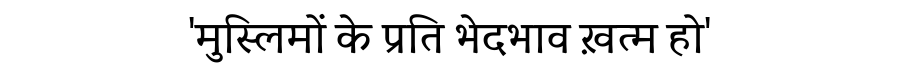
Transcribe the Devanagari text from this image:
'मुस्लिमों के प्रति भेदभाव ख़त्म हो'